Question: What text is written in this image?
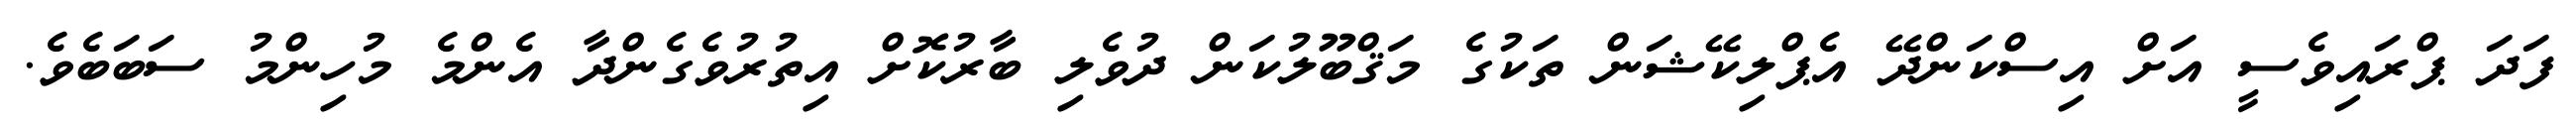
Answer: ފަދަ ޕްރައިވެސީ އަށް އިސްކަންދޭ އެޕްލިކޭޝަން ތަކުގެ މަޤްބޫލުކަން ދުވެލި ބާރުކޮށް އިތުރުވެގެންދާ އެންމެ މުހިންމު ސަބަބެވެ.